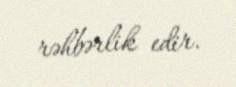
rəhbərlik edir.